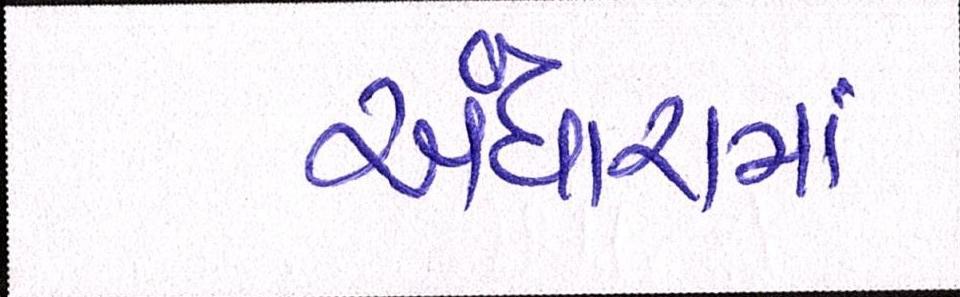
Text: અંધારામાં